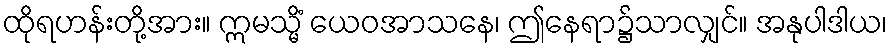
ထိုရဟန်းတို့အား။ ဣမသ္မိံ ယေဝအာသနေ၊ ဤနေရာ၌သာလျှင်။ အနုပါဒါယ၊